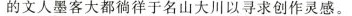
的文人墨客大都徜徉于名山大川以寻求创作灵感。